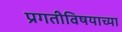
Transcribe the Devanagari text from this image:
प्रगतीविषयाच्या